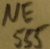
Text: 555